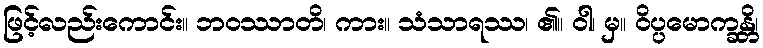
ဖြင့်လည်းကောင်း။ ဘဝဿာတိ၊ ကား။ သံသာရဿ၊ ၏။ ဝါ၊ မှ။ ဝိပ္ပမောက္ခန္တိ၊